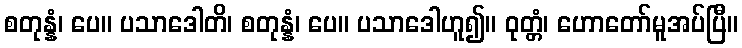
စတုန္နံ၊ ပေ။ ပသာဒေါတိ၊ စတုန္နံ၊ ပေ။ ပသာဒေါဟူ၍။ ဝုတ္တံ၊ ဟောတော်မူအပ်ပြီ။